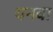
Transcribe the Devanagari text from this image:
यनवा